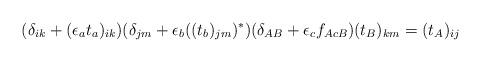
LaTeX: \begin{align*}(\delta_{ik}+(\epsilon_at_a)_{ik})(\delta_{jm}+\epsilon_b((t_b)_{jm})^\ast)(\delta_{AB}+\epsilon_cf_{AcB})(t_B)_{km}=(t_A)_{ij}\end{align*}